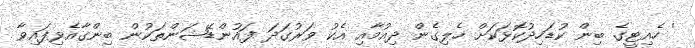
' ހެއިޓީގެ ބިން ކުޑަހިދުކޮޅަކަށް ހެލިގެން ދިއުމާއި އެކު ވަރުގަދަ ފައުންޑޭޝަންތަކުން ބިންގާއެޅިފައިވާ